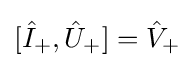
[{\hat {I}}_{+},{\hat {U}}_{+}]={\hat {V}}_{+}